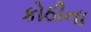
કોઠીના